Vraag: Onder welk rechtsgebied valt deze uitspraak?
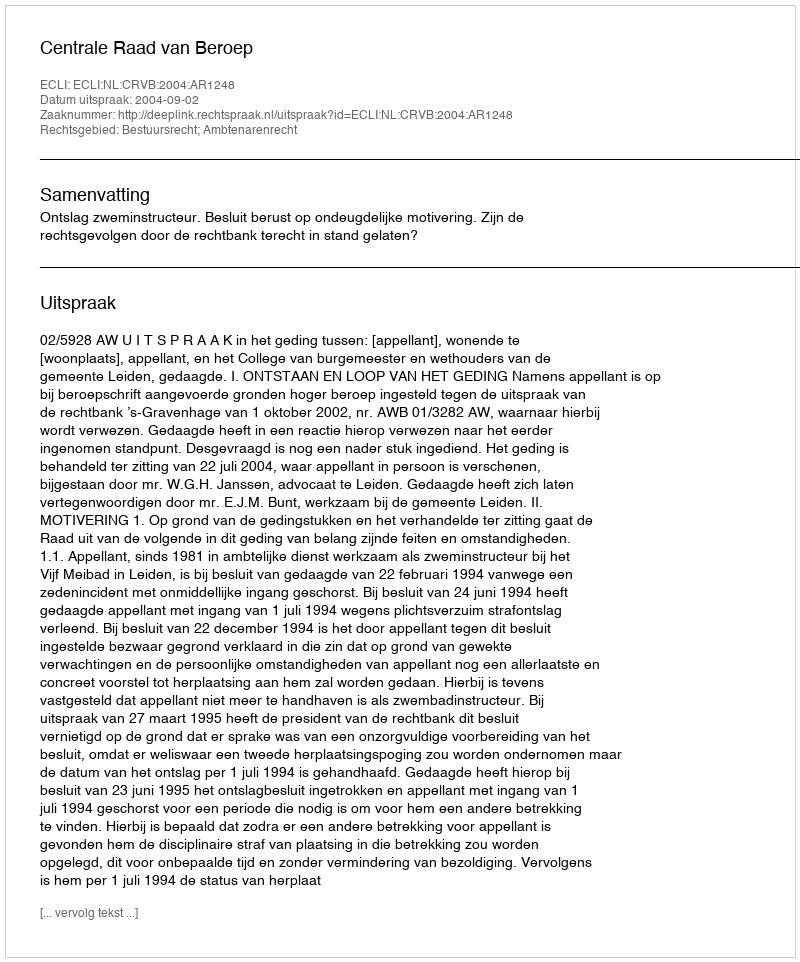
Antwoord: Bestuursrecht; Ambtenarenrecht